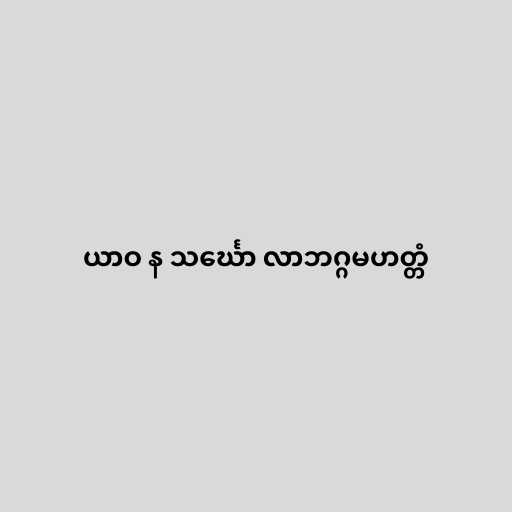
ယာဝ န သင်္ဃော လာဘဂ္ဂမဟတ္တံ